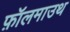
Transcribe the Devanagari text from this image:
फ़ॉलमाउथ